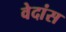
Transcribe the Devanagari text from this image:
वेदांस